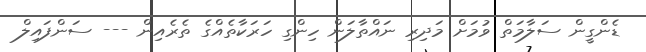
ޑެންގީން ސަލާމަތް ވުމަށް މަދިރި ނައްތާލަން ހިންގި ހަރަކާތެއްގެ ތެރެއިން --- ސަންފައިލް